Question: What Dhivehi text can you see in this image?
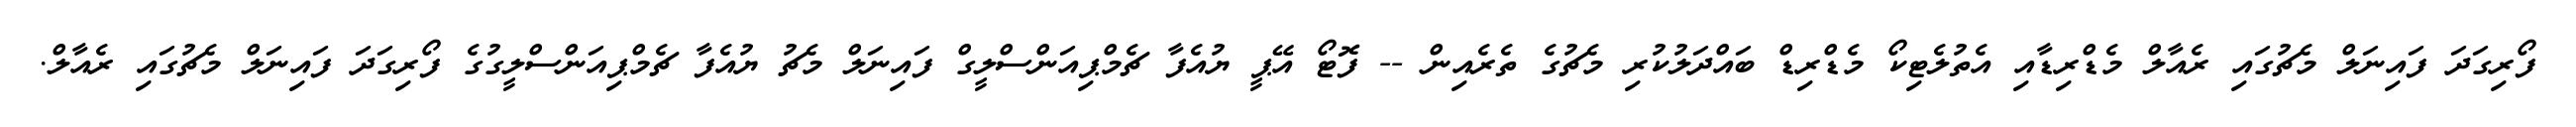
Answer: ފޯރިގަދަ ފައިނަލް މެޗުގައި ރެއާލް މެޑްރިޑާއި އެތުލެޓިކޯ މެޑްރިޑް ބައްދަލުކުރި މެޗުގެ ތެރެއިން -- ފޮޓޯ އޭޕީ ޔުއެފާ ޗެމްޕިއަންސްލީގް ފައިނަލް މެޗު ޔުއެފާ ޗެމްޕިއަންސްލީގުގެ ފޯރިގަދަ ފައިނަލް މެޗުގައި ރެއާލް.